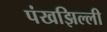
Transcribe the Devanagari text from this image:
पंखझिल्ली